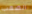
الصعب